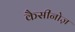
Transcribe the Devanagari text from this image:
कैसीनोज़